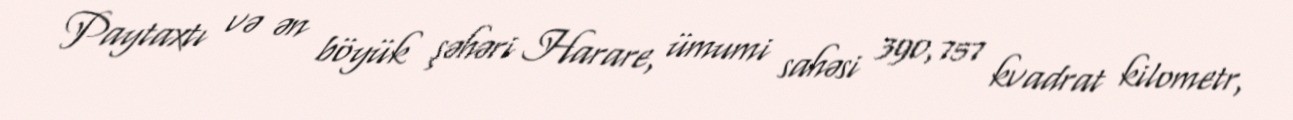
Paytaxtı və ən böyük şəhəri Harare, ümumi sahəsi 390,757 kvadrat kilometr,